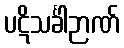
ပဋိသင်္ခါဉာဏ်